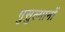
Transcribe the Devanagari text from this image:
मुसुल्मानों